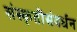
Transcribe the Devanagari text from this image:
संस्कृतीसंवर्धन